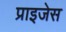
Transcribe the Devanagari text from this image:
प्राइजेस